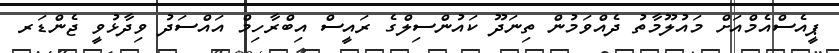
ޕީއެސްއެމްއަށް މައުލޫމާތު ދެއްވަމުން ތިނަދޫ ކައުންސިލްގެ ރައީސް އިބްރާހިމް އައްސަދު ވިދާޅުވީ ޖެންޑަރ